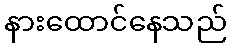
နားထောင်နေသည်